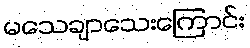
မသေချာသေးကြောင်း